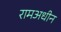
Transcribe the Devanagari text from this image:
रामअधीन